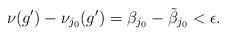
LaTeX: \begin{align*}\nu(g')-\nu_{j_0}(g')=\beta_{j_0}-\tilde{\beta}_{j_0}<\epsilon.\end{align*}